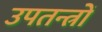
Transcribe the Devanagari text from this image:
उपतन्त्रों